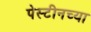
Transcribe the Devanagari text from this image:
पेस्टीनच्या